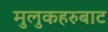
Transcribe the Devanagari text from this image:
मुलुकहरुबाट